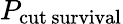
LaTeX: P_{\mathrm{cut\, survival}}